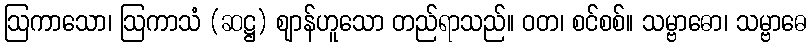
ဩကာသော၊ ဩကာသံ (ဆဋ္ဌ) ဈာန်ဟူသော တည်ရာသည်။ ဝတ၊ စင်စစ်။ သမ္ဗာဓော၊ သမ္ဗာဓေ